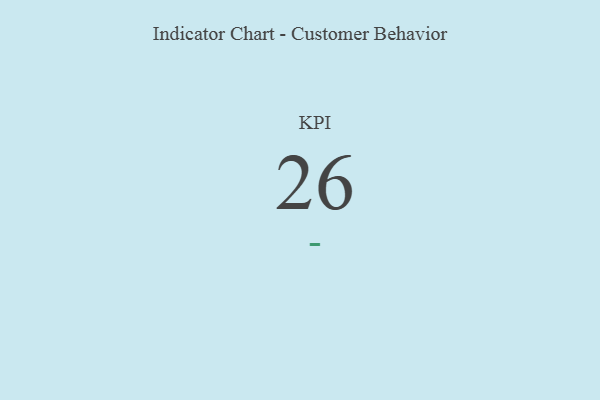
{"axis": {"x": "KPI", "y": "Value"}, "legend": [""], "data": [{"x": "KPI", "y": 26, "type": ""}]}